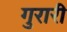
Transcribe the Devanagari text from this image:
गुरारी